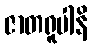
ဇာတရူပါနိ